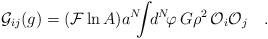
LaTeX: \begin{align*}{\cal G}_{ij}(g)=({\cal F}\ln A)a^N\!\!\!\int\!\! d^N\!\varphi\,G\rho^2\,{\cal O}_i{\cal O}_j\quad.\end{align*}